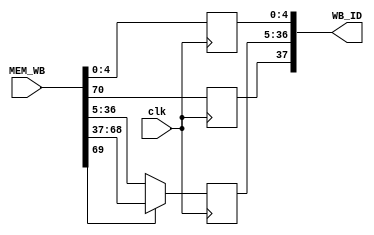
module Obsidian_WriteBack_Stage( WB_ID, MEM_WB, clk);
	output reg [37:0] WB_ID;	//WB_ID[37] RegWrite
								//WB_ID[36:5] latch for word muxed from either memory or passed through by ALU
								//WB_ID[4:0] latch for address destination from original instruction
	input [70:0] MEM_WB;		//The register bank that is the output from the previous stage
								//MEM_WB[70] RegWrite
								//MEM_WB[69] MemtoReg
								//MEM_WB[68:37] latch for the word coming from memory
								//MEM_WB[36:5] latch for word coming from ALU
								//MEM_WB[4:0] latch for address destination from original instruction
	input clk;					//clock enabling the latching and releasing of data from stage to stage
	
	always @ (posedge clk)
	begin
		WB_ID[37] <= MEM_WB[70]; 	//Write back enable line
		WB_ID[4:0] <= MEM_WB[4:0]; 	//this is the address select for the writeback
									//from the original instruction passed through
	end
	
	always @ (posedge clk)
	begin
		if(MEM_WB[69] == 1)
		begin
			WB_ID[36:5] <= MEM_WB[68:37];	//will latch/pass the word coming from memory
		end
		if(MEM_WB[69] == 0)
		begin
			WB_ID[36:5] <= MEM_WB[36:5];	//will latch/pass the word coming from ALU
		end
	end
	
endmodule